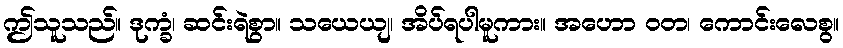
ဤသူသည်။ ဒုက္ခံ၊ ဆင်းရဲစွာ။ သယေယျ၊ အိပ်ရပါမူကား။ အဟော ဝတ၊ ကောင်းလေစွ။